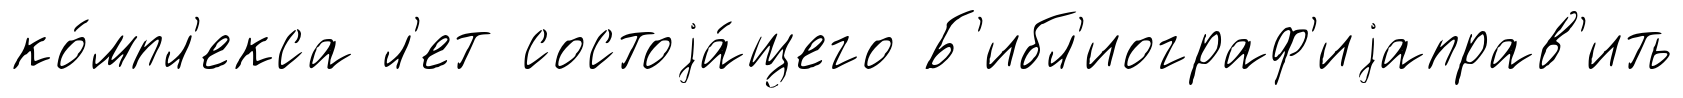
ко́мпл'екса л'ет состоjа́щего Б'ибл'иограф'иjаправ'ить